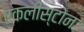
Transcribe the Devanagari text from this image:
एकलीस्टोन